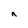
Character: n